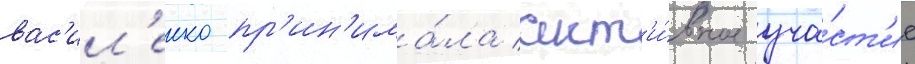
вас'ил'енко пр'ин'има́ла акт'и́вное уча́ст'ие